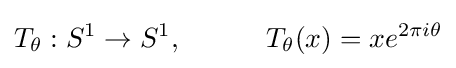
T_{\theta }:S^{1}\to S^{1},\quad \quad \quad T_{\theta }(x)=xe^{2\pi i\theta }